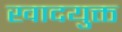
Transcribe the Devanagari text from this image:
खादयुक्त